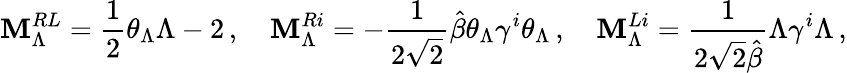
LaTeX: {\mathbf M}_{\Lambda}^{RL}=\frac{1}{2}\theta_{\Lambda}\Lambda-2\, ,\quad{\mathbf M}_{\Lambda}^{Ri}=-\frac{1}{2\sqrt{2}}\hat{\beta}\theta_{\Lambda}\gamma^{i}\theta_{\Lambda}\, ,\quad{\mathbf M}_{\Lambda}^{Li}=\frac{1}{2\sqrt{2}\hat{\beta}}\Lambda\gamma^{i}\Lambda\, ,